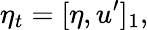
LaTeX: \eta_{t}=[\eta,u^{\prime}]_{1},